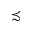
\precsim